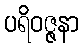
ပရိဝဇ္ဇနာ